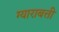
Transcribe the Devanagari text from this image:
ग्याराबत्ती